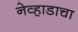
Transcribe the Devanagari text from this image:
नेव्हाडाचा